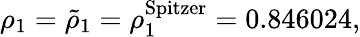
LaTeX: \rho_{1}=\tilde{\rho}_{1}=\rho_{1}^{\mathrm{Spitzer}}=0.846024,